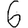
Digit: 6